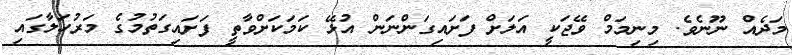
މަދެއް ނޫނެވެ. މިނިމަމް ވޭޖަކީ އަލަށް ފަށައިގަންނަން އުޅޭ ކަމަކަށްވާތީ ފަށައިގަތުމުގެ މަރުހަލާގައި